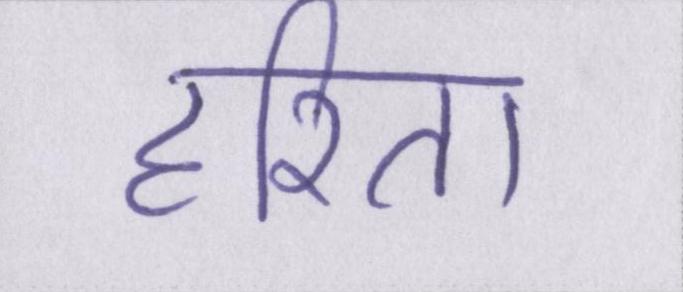
हरिता